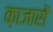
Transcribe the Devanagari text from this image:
क़ाजारों